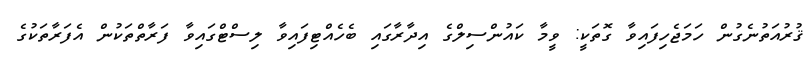
ޤުރުއަތުނެގުން ހަމަޖެހިފައިވާ ގޮތަކީ: ވީމާ ކައުންސިލްގެ އިދާރާގައި ބެހެއްޓިފައިވާ ލިސްޓްގައިވާ ފަރާތްތަކުން އެފަރާތަކުގެ